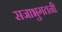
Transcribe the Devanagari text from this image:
सजाभुगतनी